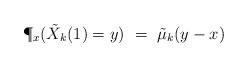
LaTeX: \begin{align*}\P_x(\tilde{X}_k(1) = y) ~=~ \tilde\mu_k(y-x)\end{align*}